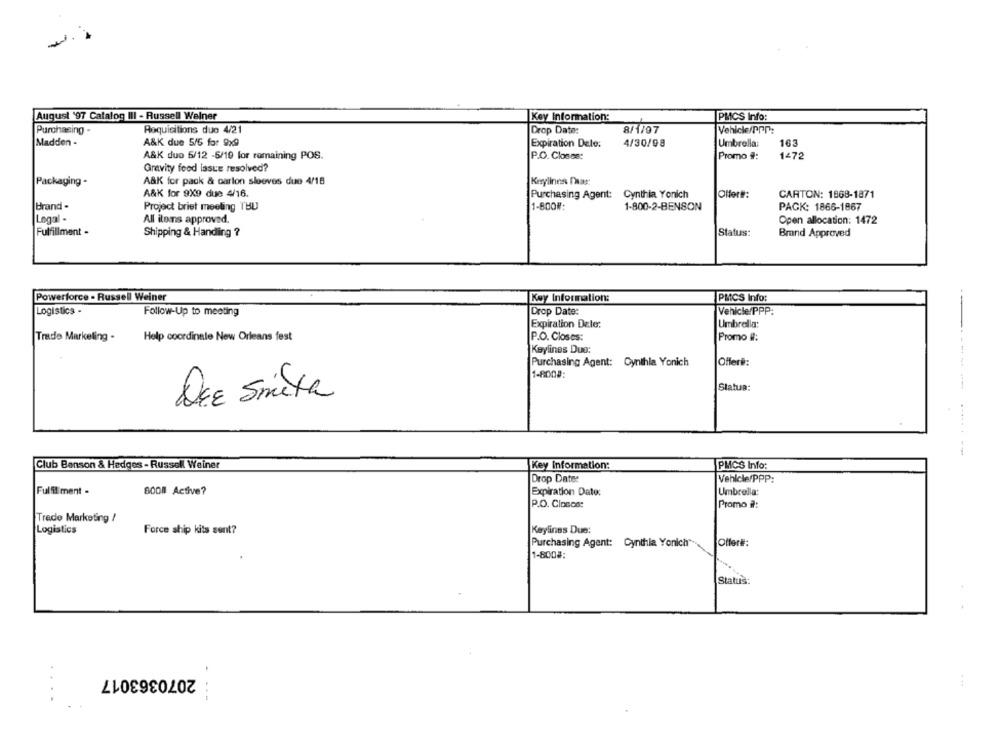
August '97 Catalog III - Russell Weiner
Key Information:
PMCS Info:
Purchasing -
Roquisitions due 4/21
Drop Date:
8/1/97
Vehicle/PPP:
Madden -
A&K due 5/6 for 9x9
Umbrella:
163
Expiration Dele:
4/30/08
A&K duo 5/12 -6/19 for remaining POS.
P.O. Closes:
Promo 9:
1472
Gravity food issue resolved?
Packaging -
A&K for pack & carlon sloves due 4/18
Keylines Das:
A&K for 9X9 due 4/16.
Cynthia Yonich
Offer#:
CARTON: 1868-1871
Purchasing Agent:
Brand -
Project briet meeting THU
1-800#:
1-800-2-BENSON
PACK: 1866-1867
Legal -
All items approved
Open allocation: 1472
Fulfillment -
Shipping & Handing ?
Status:
Brand Approved
Powerforce - Russell Weiner
Key Information:
PMICS Info:
Logistics -
Follow-Up to meeting
Drop Date:
Vehicle/PPP:
Expiration Dele:
Umbrella:
Trade Marketing -
Help coordinate New Orleans fest
P.O. Closes:
Promo #:
Keylines Duo:
Purchasing Agent: Cynthia Yonich
Offer#:
1-8008:
1.
Status:
DIE Smith
Club Benson & Hedges - Russell Weiner
Key Information:
PMCS Info:
Drop Date:
Vehicle/PPP:
Fulfillment -
6008 Active?
Expiration Date:
Umbrella:
P.O. Closco:
Promo #:
Trade Marketing /
Logistics
Force ship kits sent?
Keylines Due:
Purchasing Agent: Cynthia Yonich
Offer#:
1-800#:
Status:
2070363017
. .